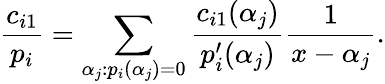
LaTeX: {\frac{c_{i1}}{p_{i}}}=\sum_{\alpha_{j}:p_{i}(\alpha_{j})=0}{\frac{c_{i1}(\alpha_{j})}{p_{i}^{\prime}(\alpha_{j})}}{\frac{1}{x-\alpha_{j}}}.